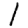
Digit: 1